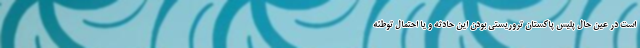
است در عین حال پلیس پاکستان تروریستی بودن این حادثه و یا احتمال توطئه